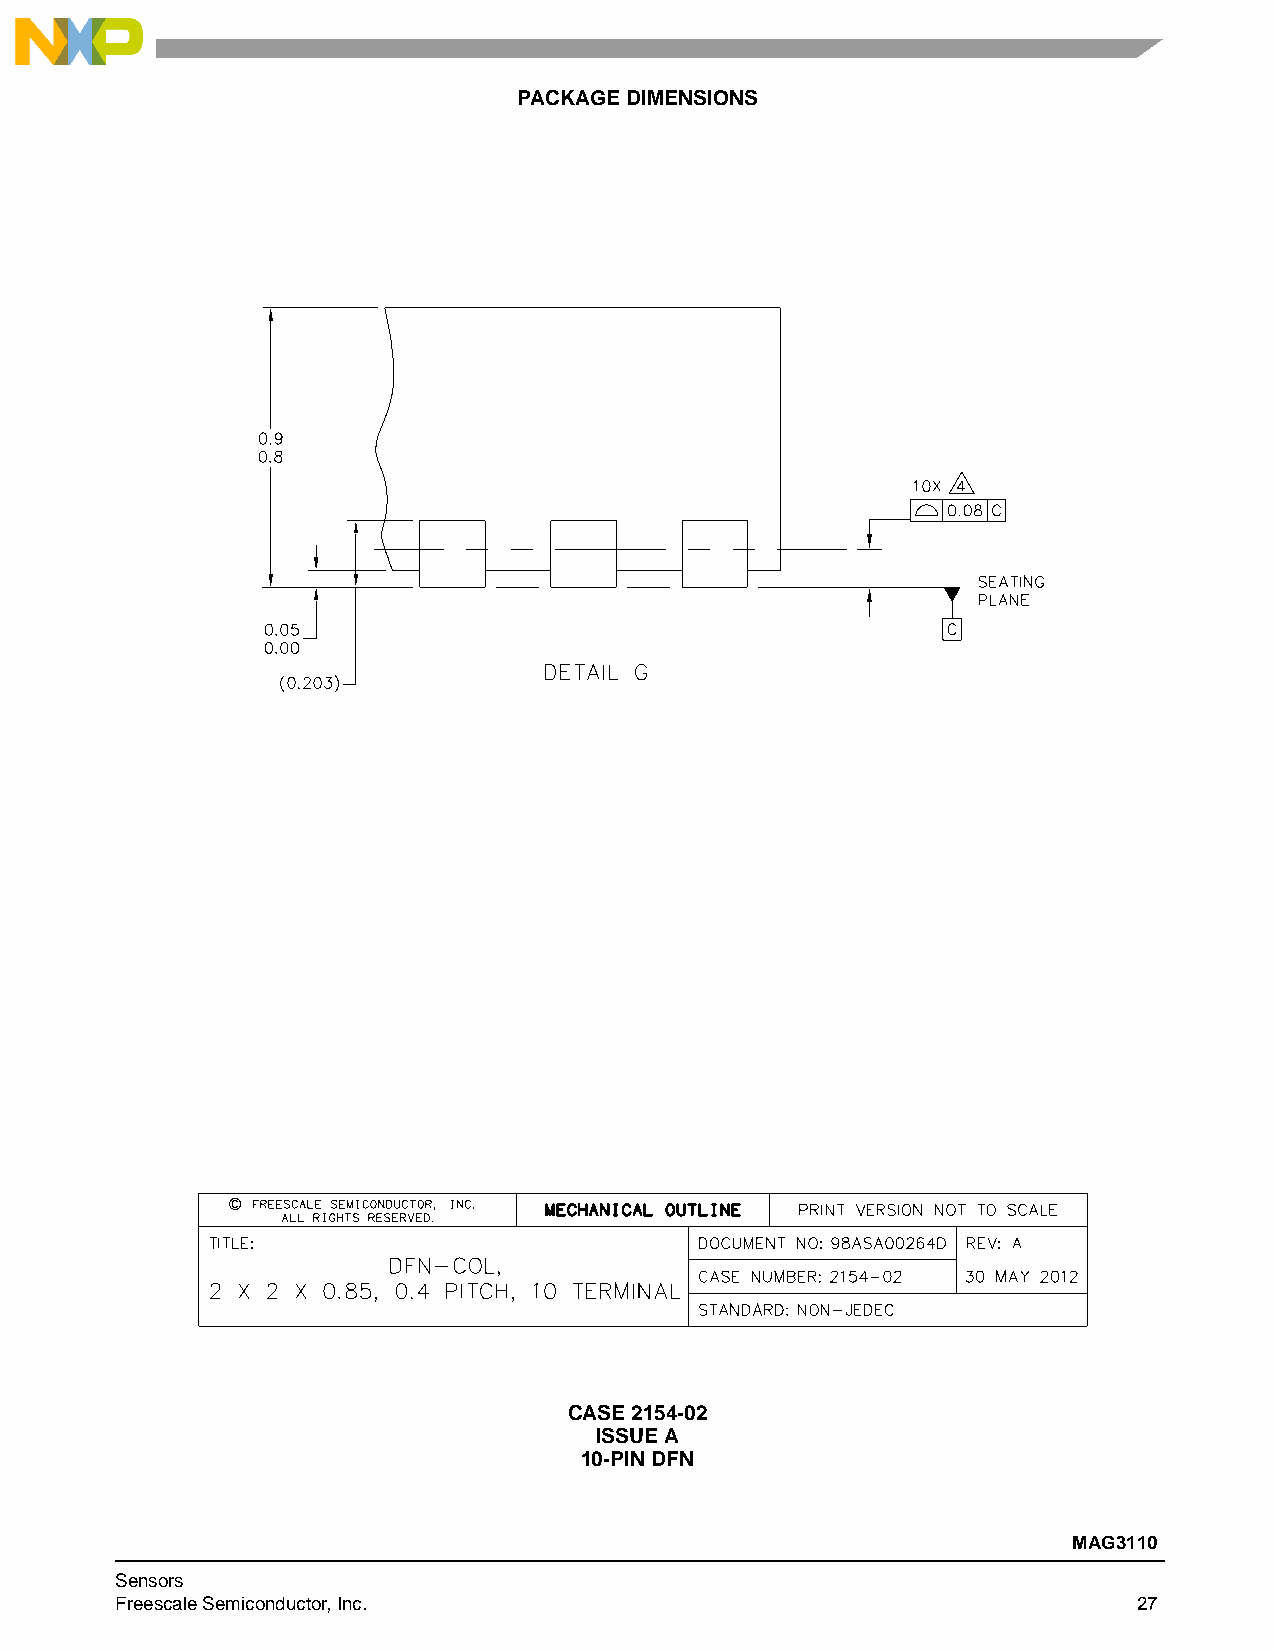
PACKAGE DIMENSIONS
 CASE 2154-02
 ISSUE A
 10-PIN DFN
 MAG3110
 Sensors
 Freescale Semiconductor, Inc.                                      27